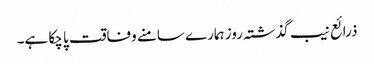
ذرائع نیب گذشتہ روز ہمارے سامنے وفاقت پا چکا ہے۔